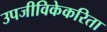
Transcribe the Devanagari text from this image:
उपजीविकेकरिता